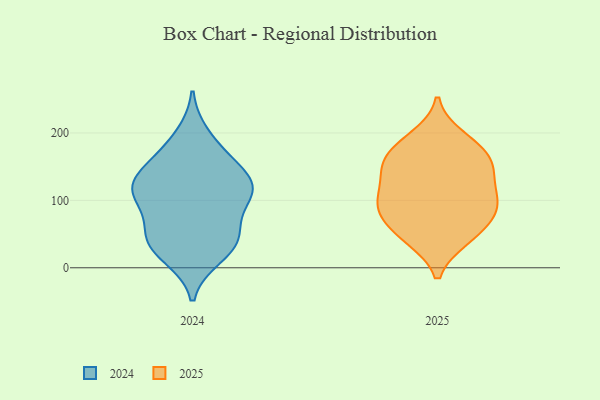
{"axis": {"x": "Humidity (%)", "y": "Value"}, "legend": ["2024", "2025"], "data": [{"x": "", "y": 172, "type": "2025"}, {"x": "", "y": 92, "type": "2025"}, {"x": "", "y": 150, "type": "2025"}, {"x": "", "y": 73, "type": "2025"}, {"x": "", "y": 184, "type": "2025"}, {"x": "", "y": 105, "type": "2025"}, {"x": "", "y": 194, "type": "2025"}, {"x": "", "y": 43, "type": "2025"}, {"x": "", "y": 53, "type": "2025"}, {"x": "", "y": 95, "type": "2025"}, {"x": "", "y": 85, "type": "2025"}, {"x": "", "y": 96, "type": "2025"}, {"x": "", "y": 145, "type": "2025"}, {"x": "", "y": 128, "type": "2025"}, {"x": "", "y": 164, "type": "2025"}, {"x": "", "y": 144, "type": "2025"}, {"x": "", "y": 43, "type": "2025"}, {"x": "", "y": 146, "type": "2024"}, {"x": "", "y": 49, "type": "2024"}, {"x": "", "y": 58, "type": "2024"}, {"x": "", "y": 26, "type": "2024"}, {"x": "", "y": 105, "type": "2024"}, {"x": "", "y": 113, "type": "2024"}, {"x": "", "y": 17, "type": "2024"}, {"x": "", "y": 119, "type": "2024"}, {"x": "", "y": 115, "type": "2024"}, {"x": "", "y": 169, "type": "2024"}, {"x": "", "y": 196, "type": "2024"}, {"x": "", "y": 49, "type": "2024"}, {"x": "", "y": 36, "type": "2024"}, {"x": "", "y": 152, "type": "2024"}, {"x": "", "y": 110, "type": "2024"}, {"x": "", "y": 117, "type": "2024"}]}